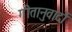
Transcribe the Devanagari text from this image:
गीतानुवादों